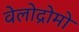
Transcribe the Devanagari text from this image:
वेलोद्रोमो